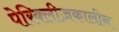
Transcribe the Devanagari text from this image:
पेरिक्लीज़कालीन